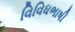
વિવિધભાષી